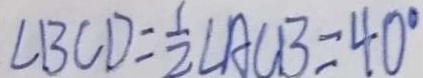
\angle B C D = \frac { 1 } { 2 } \angle A C B = 4 0 ^ { \circ }